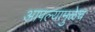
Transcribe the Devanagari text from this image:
आपल्यामुळेच